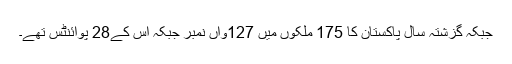
جبکہ گزشتہ سال پاکستان کا 175 ملکوں میں 127واں نمبر جبکہ اس کے28 پوائنٹس تھے۔